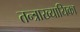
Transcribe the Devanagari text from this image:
तन्त्राख्यायिका